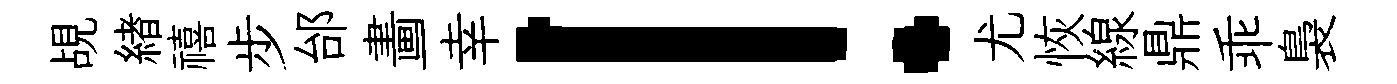
覘緖禧步邰畵一幸！尤恢線鼎乖裊